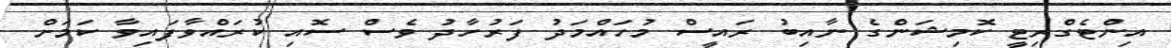
އިންޓެގްރިޓީ ކޮމިޝަންގެ ނާއިބު ރައީސް މުހައްމަދު ފަރުހާދު ވެސް ސޮއި ކުރައްވާފައިވާ ކަމަށް